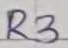
Text: R3